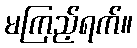
မကြည့်ရက်။